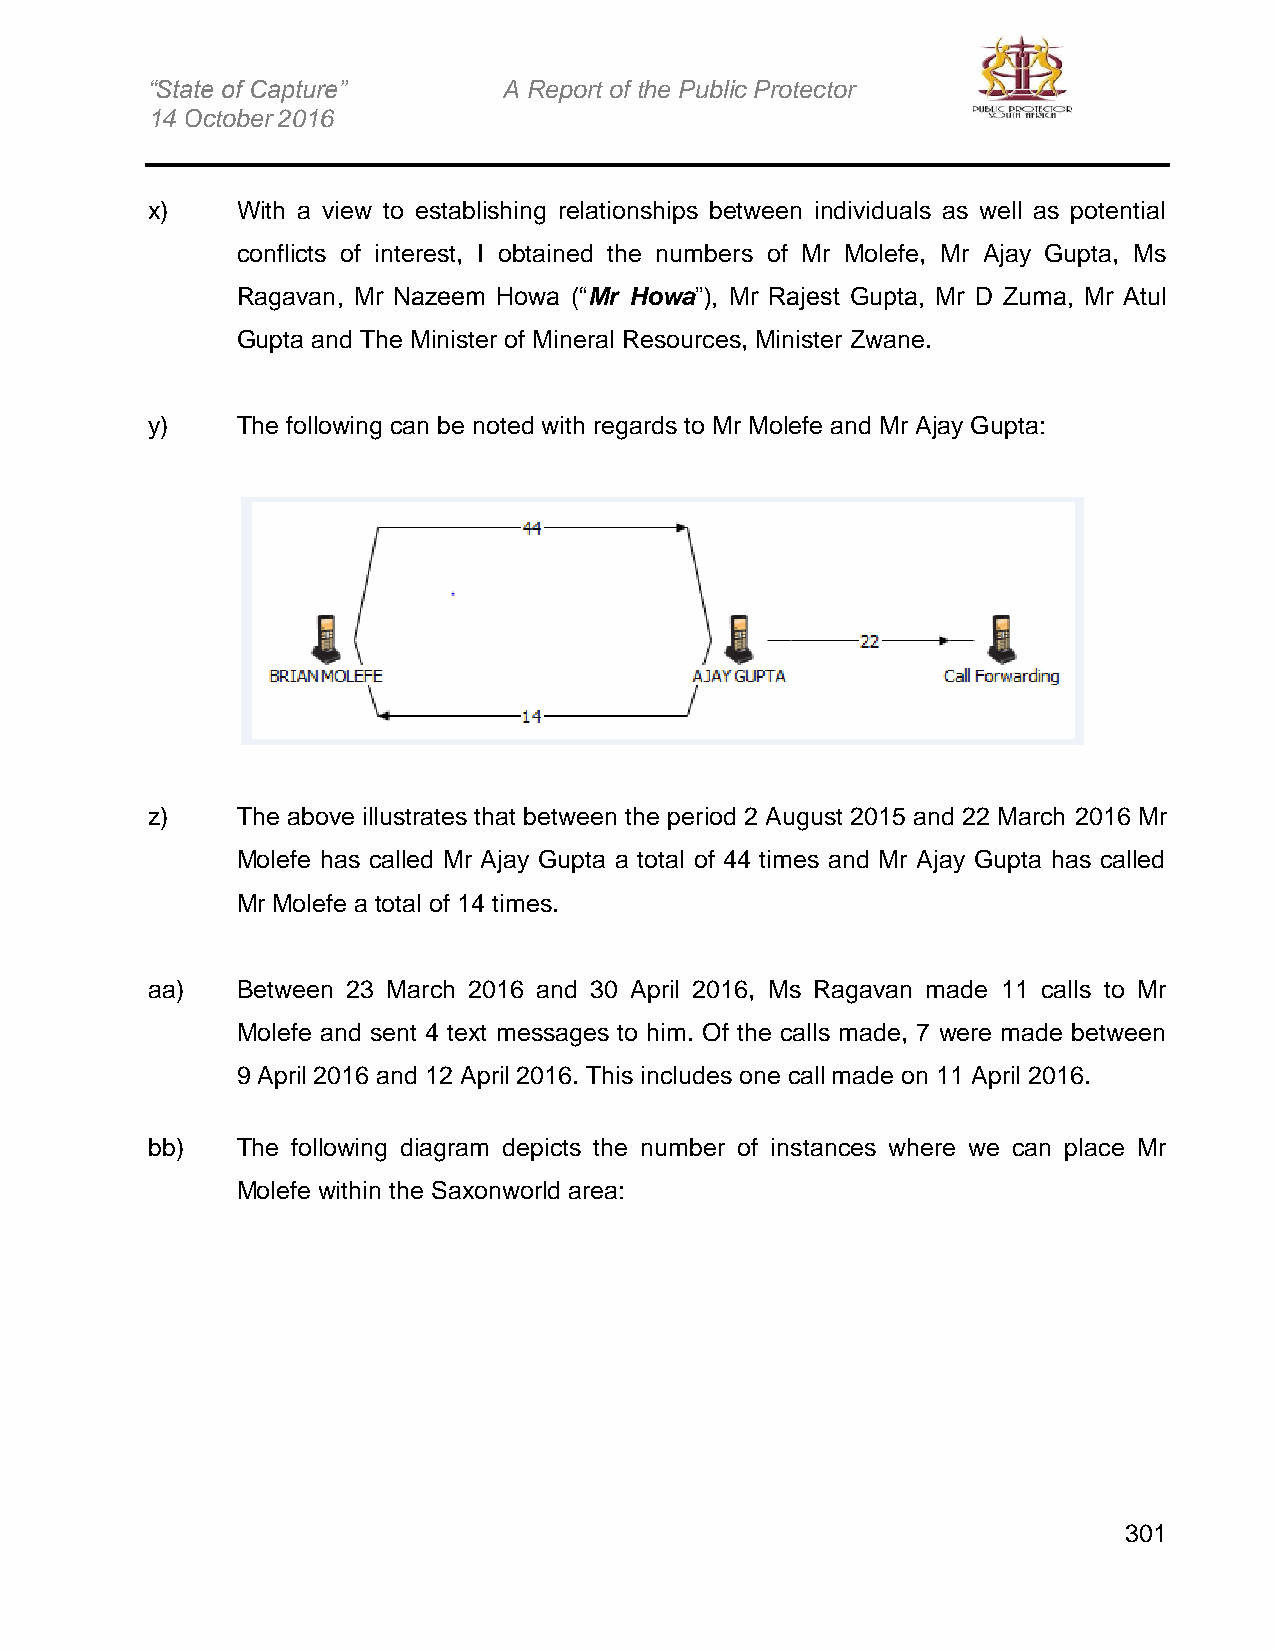
“State of Capture”     A Report of the Public Protector
 14 October 2016
 x)    With a view to establishing relationships between individuals as well as potential
 conflicts of interest, I obtained the numbers of Mr Molefe, Mr Ajay Gupta, Ms
 Ragavan, Mr Nazeem Howa (“Mr Howa”), Mr Rajest Gupta, Mr D Zuma, Mr Atul
 Gupta and The Minister of Mineral Resources, Minister Zwane.
 y)    The following can be noted with regards to Mr Molefe and Mr Ajay Gupta:
 z)    The above illustrates that between the period 2 August 2015 and 22 March 2016 Mr
 Molefe has called Mr Ajay Gupta a total of 44 times and Mr Ajay Gupta has called
 Mr Molefe a total of 14 times.
 aa)   Between 23 March 2016 and 30 April 2016, Ms Ragavan made 11 calls to Mr
 Molefe and sent 4 text messages to him. Of the calls made, 7 were made between
 9 April 2016 and 12 April 2016. This includes one call made on 11 April 2016.
 bb)   The following diagram depicts the number of instances where we can place Mr
 Molefe within the Saxonworld area:
 301